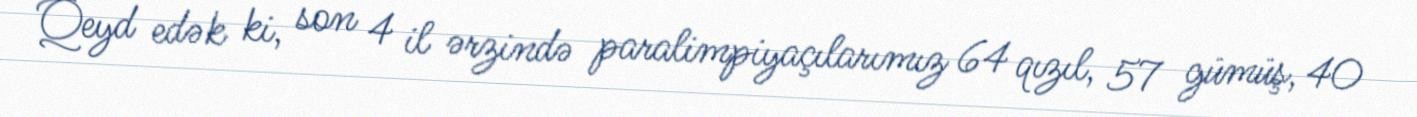
Qeyd edək ki, son 4 il ərzində paralimpiyaçılarımız 64 qızıl, 57 gümüş, 40